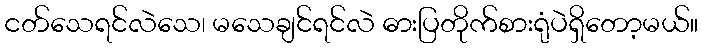
ငတ်သေရင်လဲသေ၊ မသေချင်ရင်လဲ ဓားပြတိုက်စားရုံပဲရှိတော့မယ်။